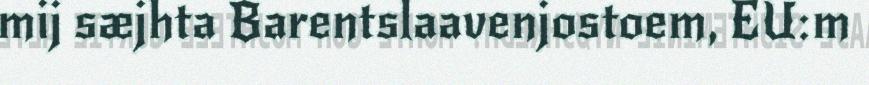
mij sæjhta Barentslaavenjostoem, EU:m